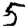
Digit: 5